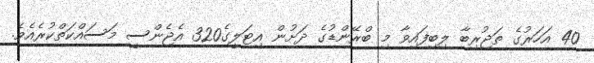
40 އަހަރުގެ ތަޖުރިބާ ލިބިފައިވާ މި ބްރޭންޑުގެ ދަށުން އިޓަލީގެ320 އެޖެންސީ މަސައްކަތްކުރެއެވެ.